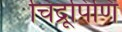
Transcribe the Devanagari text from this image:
चिद्रूपिणि